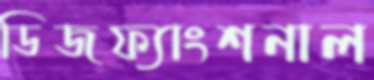
ডিজফ্যাংশনাল